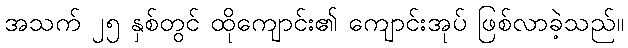
အသက် ၂၅ နှစ်တွင် ထိုကျောင်း၏ ကျောင်းအုပ် ဖြစ်လာခဲ့သည်။